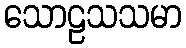
သောဠသသမာ